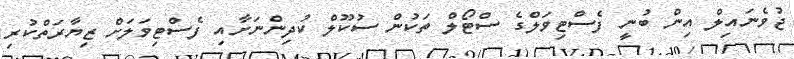
ޖުވެނައިލް އިން ބުނީ ފެސްޓިވަލްގެ ސްޓޯލް ތަކުން ސުކޫލް ކުދިންނަށާއި ފެސްޓިވަލަށް ޒިޔާރަތްކުރި